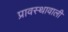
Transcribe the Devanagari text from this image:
प्रावस्थावाली